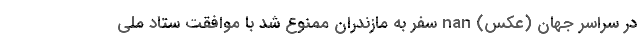
در سراسر جهان (عکس) nan سفر به مازندران ممنوع شد با موافقت ستاد ملی